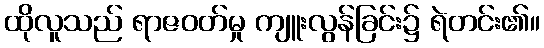
ထိုလူသည် ရာဇဝတ်မှု ကျူးလွန်ခြင်း၌ ရဲတင်း၏။